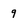
Character: 9